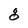
Character: g